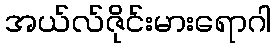
အယ်လ်ဇိုင်းမားရောဂါ